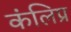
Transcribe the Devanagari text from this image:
कंलिप्र